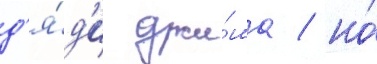
д'я́д'и джи́ма / но́